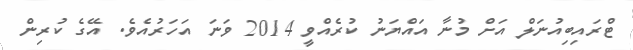
ޓްރައިބިއުނަލް އަށް މުނާ އައްޔަނު ކުރެއްވީ 2014 ވަނަ އަހަރުއެވެ. އޭގެ ކުރިން